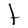
Character: t